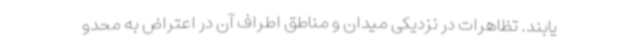
یابند. تظاهرات در نزدیکی میدان و مناطق اطراف آن در اعتراض به محدو